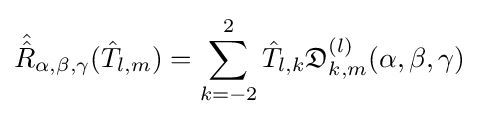
{\hat {\hat {R}}}_{\alpha ,\beta ,\gamma }({\hat {T}}_{l,m})=\sum _{k=-2}^{2}{\hat {T}}_{l,k}{\mathfrak {D}}_{k,m}^{(l)}(\alpha ,\beta ,\gamma )